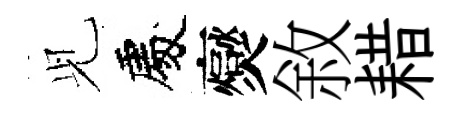
𫤗處爕敘耤